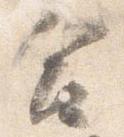
合